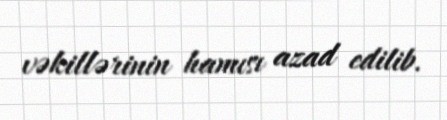
vəkillərinin hamısı azad edilib.